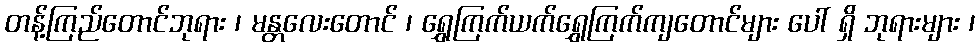
တန့်ကြည်တောင်ဘုရား ၊ မန္တလေးတောင် ၊ ရွှေကြက်ယက်ရွှေကြက်ကျတောင်များ ပေါ် ရှိ ဘုရားများ ၊